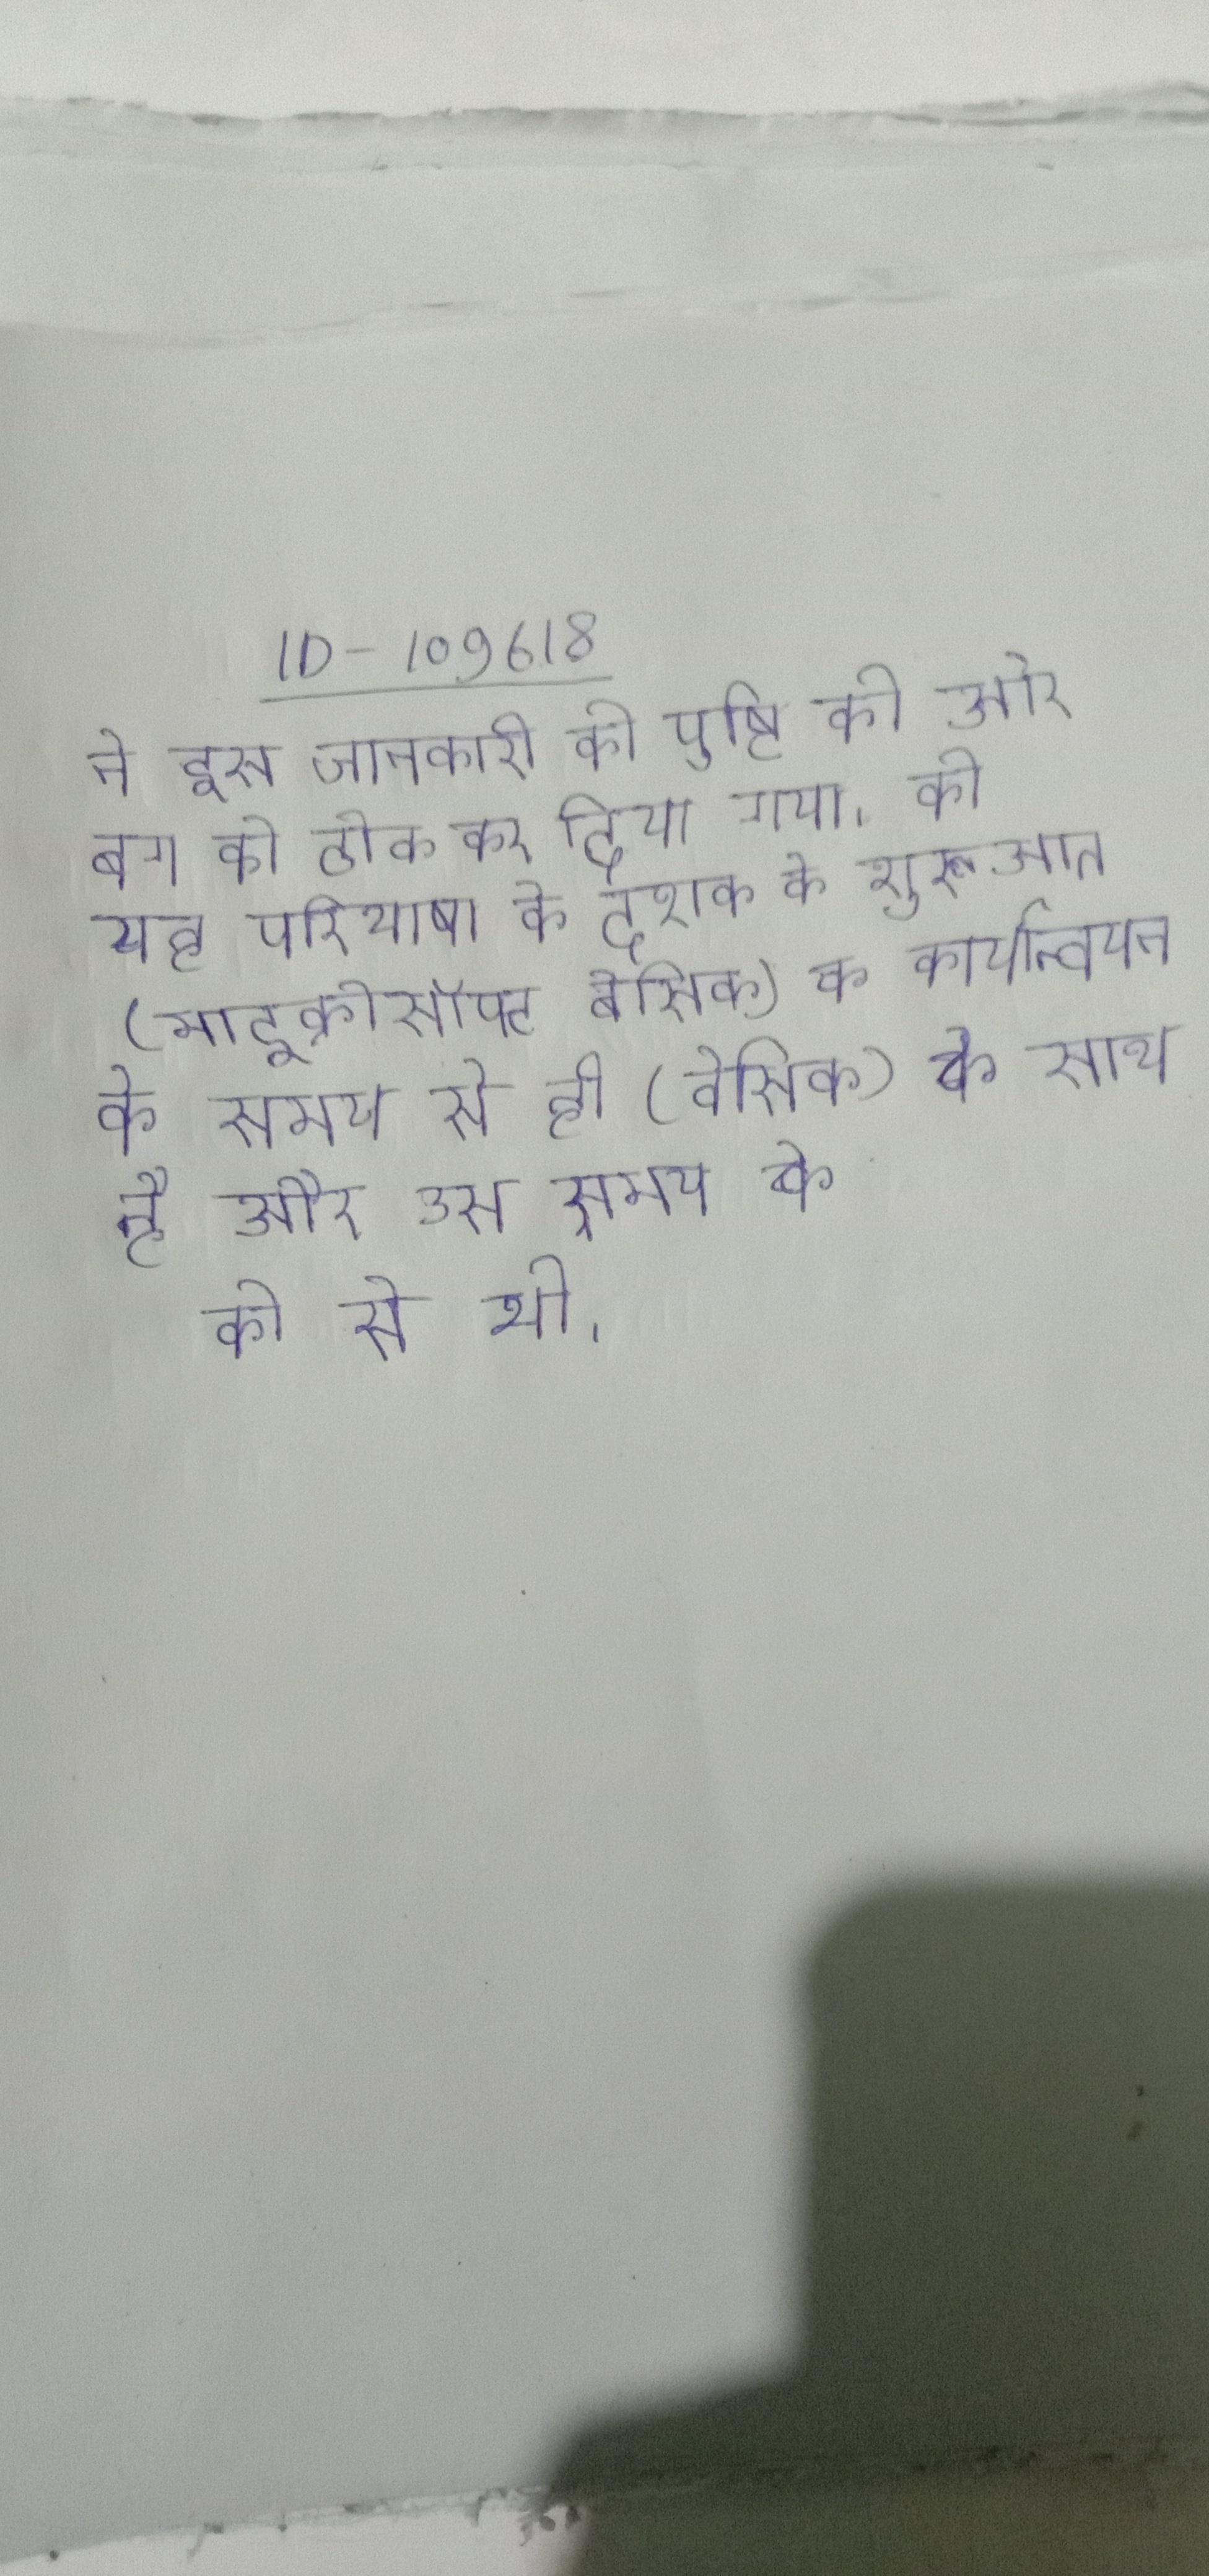
ने इस जानकारी की पुष्टि की और बग को ठीक कर दिया गया । की यह परिभाषा, के दशक के शुरूआत (माइक्रोसॉफ्ट बेसिक) के कार्यान्वयन के समय से ही (बेसिक) के साथ है और उस समय के की से भी ।